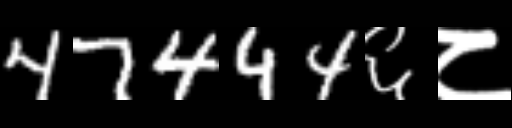
Text: 47444६८